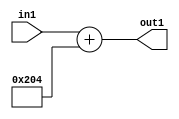
`timescale 1ps / 1ps
/*****************************************************************************
    Verilog RTL Description
    
    
    Created by: Stratus DpOpt 2019.1.01 
*******************************************************************************/

module DC_Filter_gen000002_1 (
	in1,
	out1
	); /* architecture "behavioural" */ 
input [8:0] in1;
output [10:0] out1;
wire [10:0] asc001;

assign asc001 = 
	+(in1)
	+(11'B01000000100);

assign out1 = asc001;
endmodule

/* CADENCE  ubHzSgo= : u9/ySgnWtBlWxVPRXgAZ4Og= ** DO NOT EDIT THIS LINE ******/